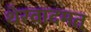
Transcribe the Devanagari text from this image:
थेरवादमत